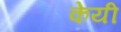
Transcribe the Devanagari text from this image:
केयी